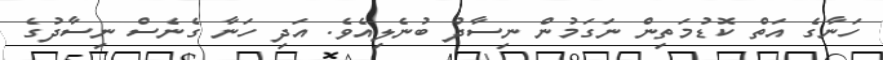
ހަނާގެ އަތް ކޮޑުމަތިން ނަގަމުން ނިސާދު ބުނެލިއެވެ. އަދި ހަނާ ގެނެސް ނިސާދުގެ